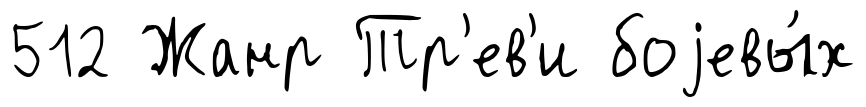
512 Жанр Тр'ев'и боjевы́х